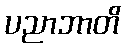
ပညာဘာတိ